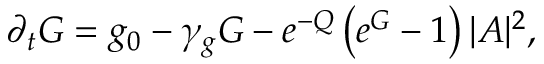
\partial _ { t } G = g _ { 0 } - \gamma _ { g } G - e ^ { - Q } \left( e ^ { G } - 1 \right) | A | ^ { 2 } ,